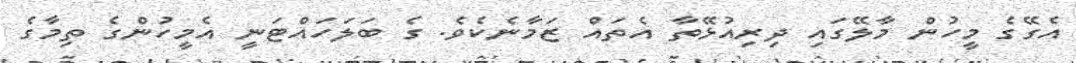
އެގޭގެ މީހުން މާލޭގައި ދިރިއުޅޭތާ އެތައް ޒަމާނެކެވެ. ގެ ބަލަހައްޓަނީ އެމީހުންގެ ތިމާގެ